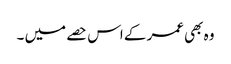
وہ بھی عمر کے اس حصے میں ۔